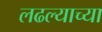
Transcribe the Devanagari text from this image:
लढल्याच्या